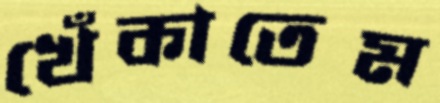
খেঁকাতেম